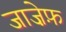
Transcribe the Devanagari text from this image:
जाज़ेफ़